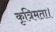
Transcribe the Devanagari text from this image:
कृत्रिमता।